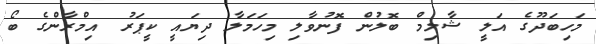
މަހިބަދޫގެ އަލީ ޝާލިމް ބޮލުން ފޮނުވާލި މިހަމަލާ ދިޔައީ ކީޕަރު އިމްރާންގެ ބޯ